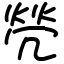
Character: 焭